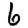
Digit: 6